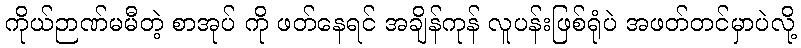
ကိုယ်ဉာဏ်မမီတဲ့ စာအုပ် ကို ဖတ်နေရင် အချိန်ကုန် လူပန်းဖြစ်ရုံပဲ အဖတ်တင်မှာပဲလို့